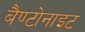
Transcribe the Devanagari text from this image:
बैण्टोनाइट